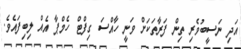
އަދި ނަސީބުވެރި ތިން ފަރާތަކަށް ވަނީ ހާއްސަ ގިފްޓް ހެމްޕާ އެއް ލިބިފައެވެ.